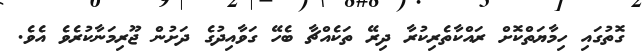
ގޮތުގައި ހިމާޔަތްކޮށް ރައްކާތެރިކުރާ ދިރޭ ތަކެއްޗާ ބެހޭ ގަވާއިދުގެ ދަށުން ޖޫރިމަނާކުރެވެ އެވެ.